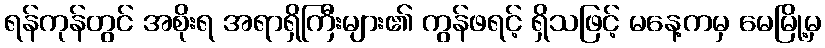
ရန်ကုန်တွင် အစိုးရ အရာရှိကြီးများ၏ ကွန်ဖရင့် ရှိသဖြင့် မနေ့ကမှ မေမြို့မှ